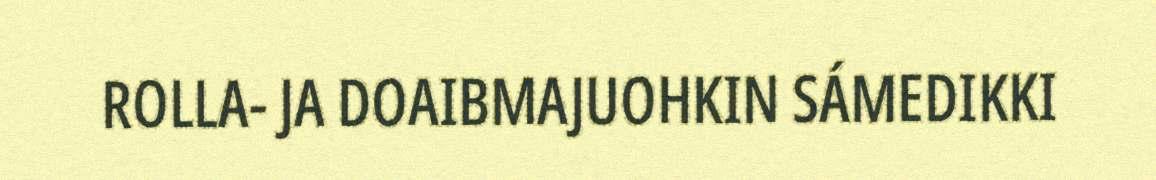
ROLLA- JA DOAIBMAJUOHKIN SÁMEDIKKI